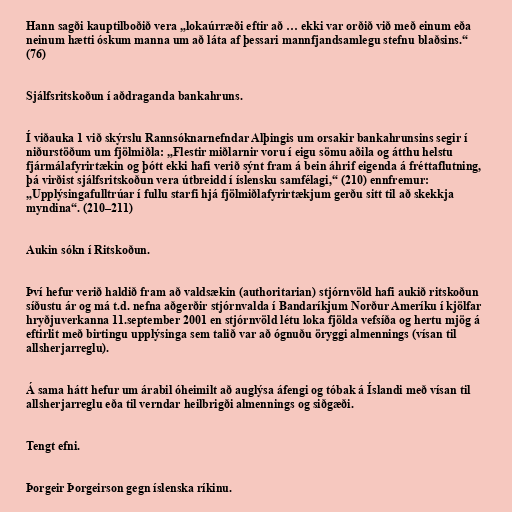
Hann sagði kauptilboðið vera „lokaúrræði eftir að … ekki var orðið við með einum eða
neinum hætti óskum manna um að láta af þessari mannfjandsamlegu stefnu blaðsins.“
(76)

Sjálfsritskoðun í aðdraganda bankahruns.

Í viðauka 1 við skýrslu Rannsóknarnefndar Alþingis um orsakir bankahrunsins segir í
niðurstöðum um fjölmiðla: „Flestir miðlarnir voru í eigu sömu aðila og átthu helstu
fjármálafyrirtækin og þótt ekki hafi verið sýnt fram á bein áhrif eigenda á fréttaflutning,
þá virðist sjálfsritskoðun vera útbreidd í íslensku samfélagi,“ (210) ennfremur:
„Upplýsingafulltrúar í fullu starfi hjá fjölmiðlafyrirtækjum gerðu sitt til að skekkja
myndina“. (210–211)

Aukin sókn í Ritskoðun.

Því hefur verið haldið fram að valdsækin (authoritarian) stjórnvöld hafi aukið ritskoðun
síðustu ár og má t.d. nefna aðgerðir stjórnvalda í Bandaríkjum Norður Ameríku í kjölfar
hryðjuverkanna 11.september 2001 en stjórnvöld létu loka fjölda vefsíða og hertu mjög á
eftirlit með birtingu upplýsinga sem talið var að ógnuðu öryggi almennings (vísan til
allsherjarreglu).

Á sama hátt hefur um árabil óheimilt að auglýsa áfengi og tóbak á Íslandi með vísan til
allsherjarreglu eða til verndar heilbrigði almennings og siðgæði.

Tengt efni.

Þorgeir Þorgeirson gegn íslenska ríkinu.